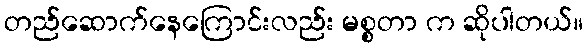
တည်ဆောက်နေကြောင်းလည်း မစ္စတာ က ဆိုပါတယ်။